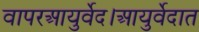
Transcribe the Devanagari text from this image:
वापरआयुर्वेद।आयुर्वेदात